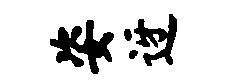
姿迓